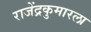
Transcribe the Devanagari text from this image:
राजेंद्रकुमारला